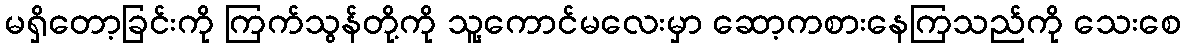
မရှိတော့ခြင်းကို ကြက်သွန်တို့ကို သူ့ကောင်မလေးမှာ ဆော့ကစားနေကြသည်ကို သေးစေ